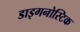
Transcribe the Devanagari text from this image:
डाइगनोस्टिक